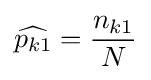
{\widehat {p_{k1}}}={n_{k1} \over N}